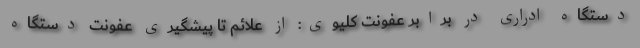
دستگاه ادراری در برابر عفونت کلیوی: از علائم تا پیشگیری عفونت دستگاه